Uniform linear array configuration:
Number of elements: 64
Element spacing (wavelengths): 0.25
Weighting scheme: uniform
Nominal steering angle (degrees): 45
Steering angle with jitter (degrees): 43.416
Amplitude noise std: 0.05
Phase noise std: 0.05

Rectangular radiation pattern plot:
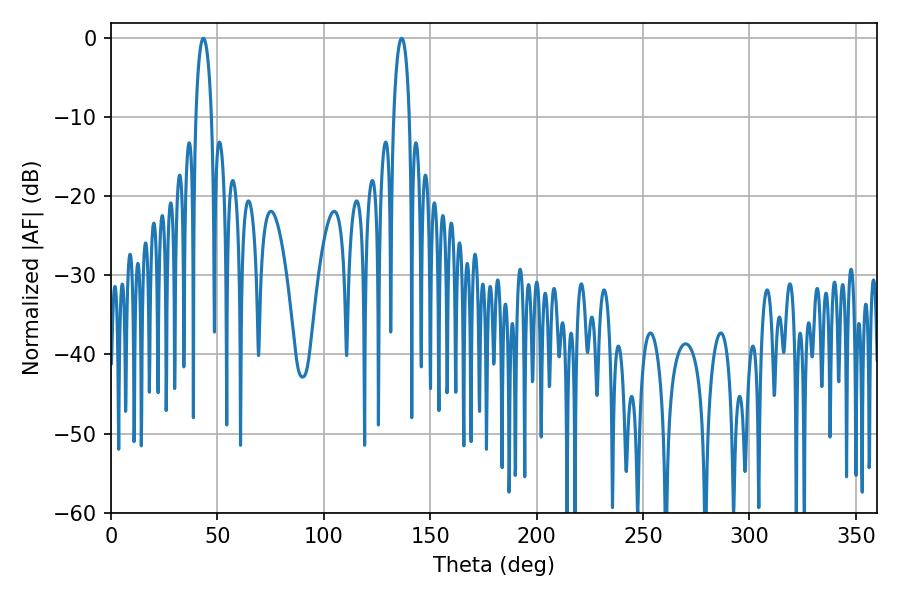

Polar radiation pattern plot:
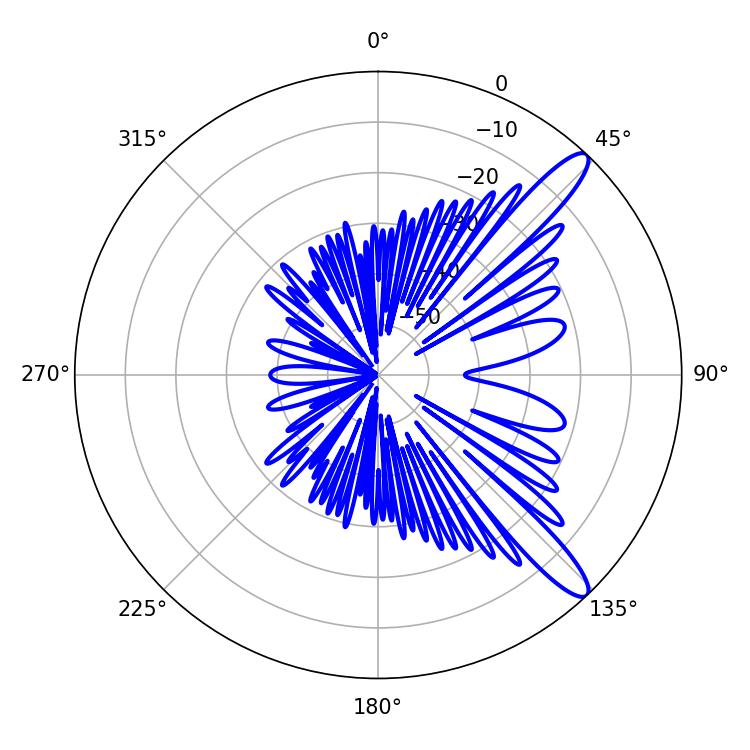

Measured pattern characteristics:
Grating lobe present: FALSE
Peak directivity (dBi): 12.289
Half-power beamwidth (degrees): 4.14
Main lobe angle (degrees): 43.38